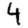
Digit: 4